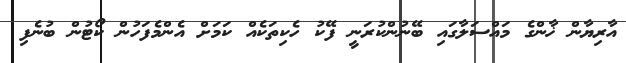
އާރިޔާން ޚާންގެ މައްސަލާގައި ބޭނުންކުރަނީ ފޭކު ހެކިތަކެއް ކަމަށް އެންމެފަހުން ކޯޓުން ބުނެފި